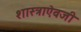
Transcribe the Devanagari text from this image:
शास्त्राऐवजी